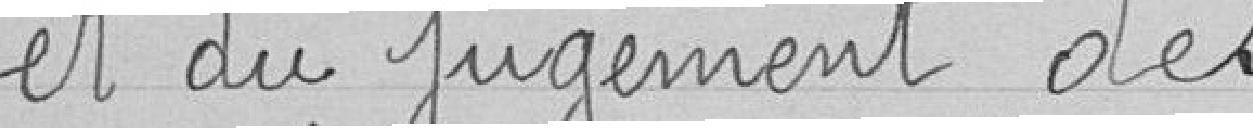
et du jugement des